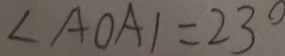
\angle A O A _ { 1 } = 2 3 ^ { \circ }